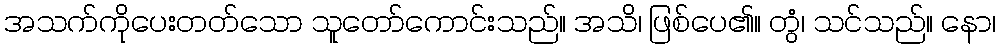
အသက်ကိုပေးတတ်သော သူတော်ကောင်းသည်။ အသိ၊ ဖြစ်ပေ၏။ တွံ၊ သင်သည်။ နော၊